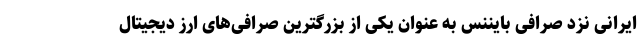
ایرانی نزد صرافی بایننس به عنوان یکی از بزرگترین صرافی‌های ارز دیجیتال